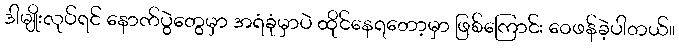
ဒါမျိုးလုပ်ရင် နောက်ပွဲတွေမှာ အရံခုံမှာပဲ ထိုင်နေရတော့မှာ ဖြစ်ကြောင်း ဝေဖန်ခဲ့ပါတယ်။